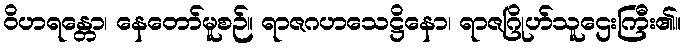
ဝိဟရန္တော၊ နေတော်မူစဉ်။ ရာဇဂဟသေဋ္ဌိနော၊ ရာဇဂြိုဟ်သူဌေးကြီး၏။